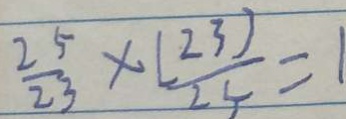
\frac { 2 5 } { 2 3 } \times \frac { ( 2 3 ) } { 2 5 } = 1